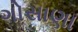
ગોસાણા